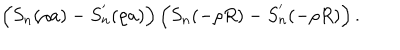
\left( S _ { n } ( \rho a ) - S _ { n } ^ { ' } ( \rho a ) \right) \left( S _ { n } ( - \rho R ) - S _ { n } ^ { ' } ( - \rho R ) \right) .